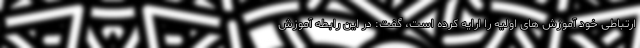
ارتباطی خود آموزش های اولیه را ارایه کرده است، گفت: در این رابطه آموزش